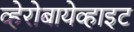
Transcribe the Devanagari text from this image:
व्हेरोबायेव्हाइट